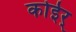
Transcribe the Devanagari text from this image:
कोईर्